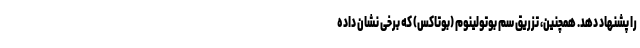
را پشنهاد دهد. همچنین، تزریق سم بوتولینوم (بوتاکس) که برخی نشان داده